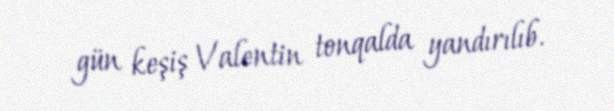
gün keşiş Valentin tonqalda yandırılıb.